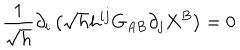
\frac { 1 } { \sqrt { h } } \partial _ { i } \left( \sqrt { h } h ^ { i j } G _ { A B } \partial _ { j } X ^ { B } \right) = 0